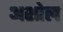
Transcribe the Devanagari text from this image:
अशोल